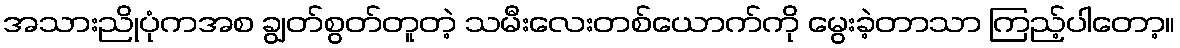
အသားညိုပုံကအစ ချွတ်စွတ်တူတဲ့ သမီးလေးတစ်ယောက်ကို မွေးခဲ့တာသာ ကြည့်ပါတော့။